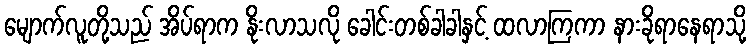
မျောက်လူတို့သည် အိပ်ရာက နိုးလာသလို ခေါင်းတစ်ခါခါနှင့် ထလာကြကာ နားခိုရာနေရာသို့